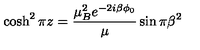
\cosh ^ { 2 } \pi z = \frac { \mu _ { B } ^ { 2 } e ^ { - 2 i \beta \phi _ { 0 } } } { \mu } \sin \pi \beta ^ { 2 }